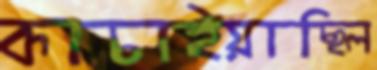
কাচাইয়াছিল